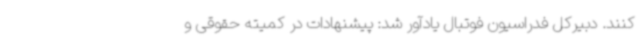
کنند. دبیرکل فدراسیون فوتبال یادآور شد: پیشنهادات در کمیته حقوقی و